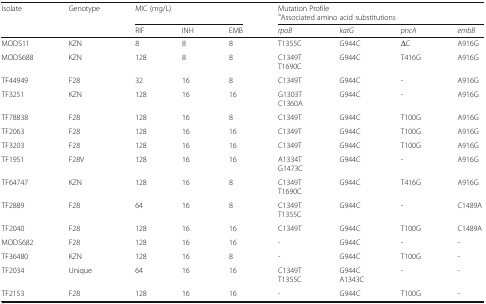
<table><thead><tr><td rowspan="2"><b>Isolate</b></td><td rowspan="2"><b>Genotype</b></td><td colspan="3"><b>MIC (mg/L)</b></td><td colspan="4"><b>Mutation Profile<sup>a</sup>Associated amino acid substitutions</b></td></tr><tr><td><b>RIF</b></td><td><b>INH</b></td><td><b>EMB</b></td><td><b><i>rpoB</i></b></td><td><b><i>katG</i></b></td><td><b><i>pncA</i></b></td><td><b><i>embB</i></b></td></tr></thead><tbody><tr><td>MODS11</td><td>KZN</td><td>8</td><td>8</td><td>8</td><td>T1355C</td><td>G944C</td><td>ΔC</td><td>A916G</td></tr><tr><td>MODS688</td><td>KZN</td><td>128</td><td>8</td><td>8</td><td>C1349TT1690C</td><td>G944C</td><td>T416G</td><td>A916G</td></tr><tr><td>TF44949</td><td>F28</td><td>32</td><td>16</td><td>8</td><td>C1349T</td><td>G944C</td><td>-</td><td>A916G</td></tr><tr><td>TF3251</td><td>KZN</td><td>128</td><td>16</td><td>16</td><td>G1303TC1360A</td><td>G944C</td><td>-</td><td>A916G</td></tr><tr><td>TF78838</td><td>F28</td><td>128</td><td>16</td><td>8</td><td>C1349T</td><td>G944C</td><td>T100G</td><td>A916G</td></tr><tr><td>TF2063</td><td>F28</td><td>128</td><td>16</td><td>16</td><td>C1349T</td><td>G944C</td><td>T100G</td><td>A916G</td></tr><tr><td>TF3203</td><td>F28</td><td>128</td><td>16</td><td>16</td><td>C1349T</td><td>G944C</td><td>T100G</td><td>A916G</td></tr><tr><td>TF1951</td><td>F28V</td><td>128</td><td>16</td><td>16</td><td>A1334TG1473C</td><td>G944C</td><td>-</td><td>A916G</td></tr><tr><td>TF64747</td><td>KZN</td><td>128</td><td>16</td><td>8</td><td>C1349TT1690C</td><td>G944C</td><td>T416G</td><td>A916G</td></tr><tr><td>TF2889</td><td>F28</td><td>64</td><td>16</td><td>8</td><td>C1349TT1355C</td><td>G944C</td><td>-</td><td>C1489A</td></tr><tr><td>TF2040</td><td>F28</td><td>128</td><td>16</td><td>16</td><td>C1349T</td><td>G944C</td><td>T100G</td><td>C1489A</td></tr><tr><td>MODS682</td><td>F28</td><td>128</td><td>16</td><td>16</td><td>-</td><td>G944C</td><td>-</td><td>-</td></tr><tr><td>TF36480</td><td>KZN</td><td>128</td><td>16</td><td>8</td><td>-</td><td>G944C</td><td>T100G</td><td>-</td></tr><tr><td>TF2034</td><td>Unique</td><td>64</td><td>16</td><td>16</td><td>C1349TT1355C</td><td>G944CA1343C</td><td>-</td><td>-</td></tr><tr><td>TF2153</td><td>F28</td><td>128</td><td>16</td><td>16</td><td>-</td><td>G944C</td><td>T100G</td><td>-</td></tr></tbody></table>